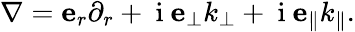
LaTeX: \begin{array}{r}{\nabla=\mathbf{e}_{r}\partial_{r}+\mathrm{~i~}\mathbf{e}_{\perp}k_{\perp}+\mathrm{~i~}\mathbf{e}_{\parallel}k_{\parallel}.}\end{array}